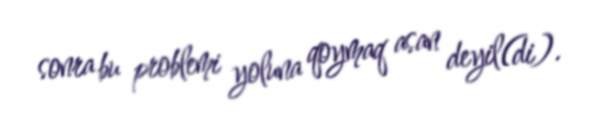
sonra bu problemi yoluna qoymaq asan deyil(di).